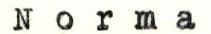
Norma